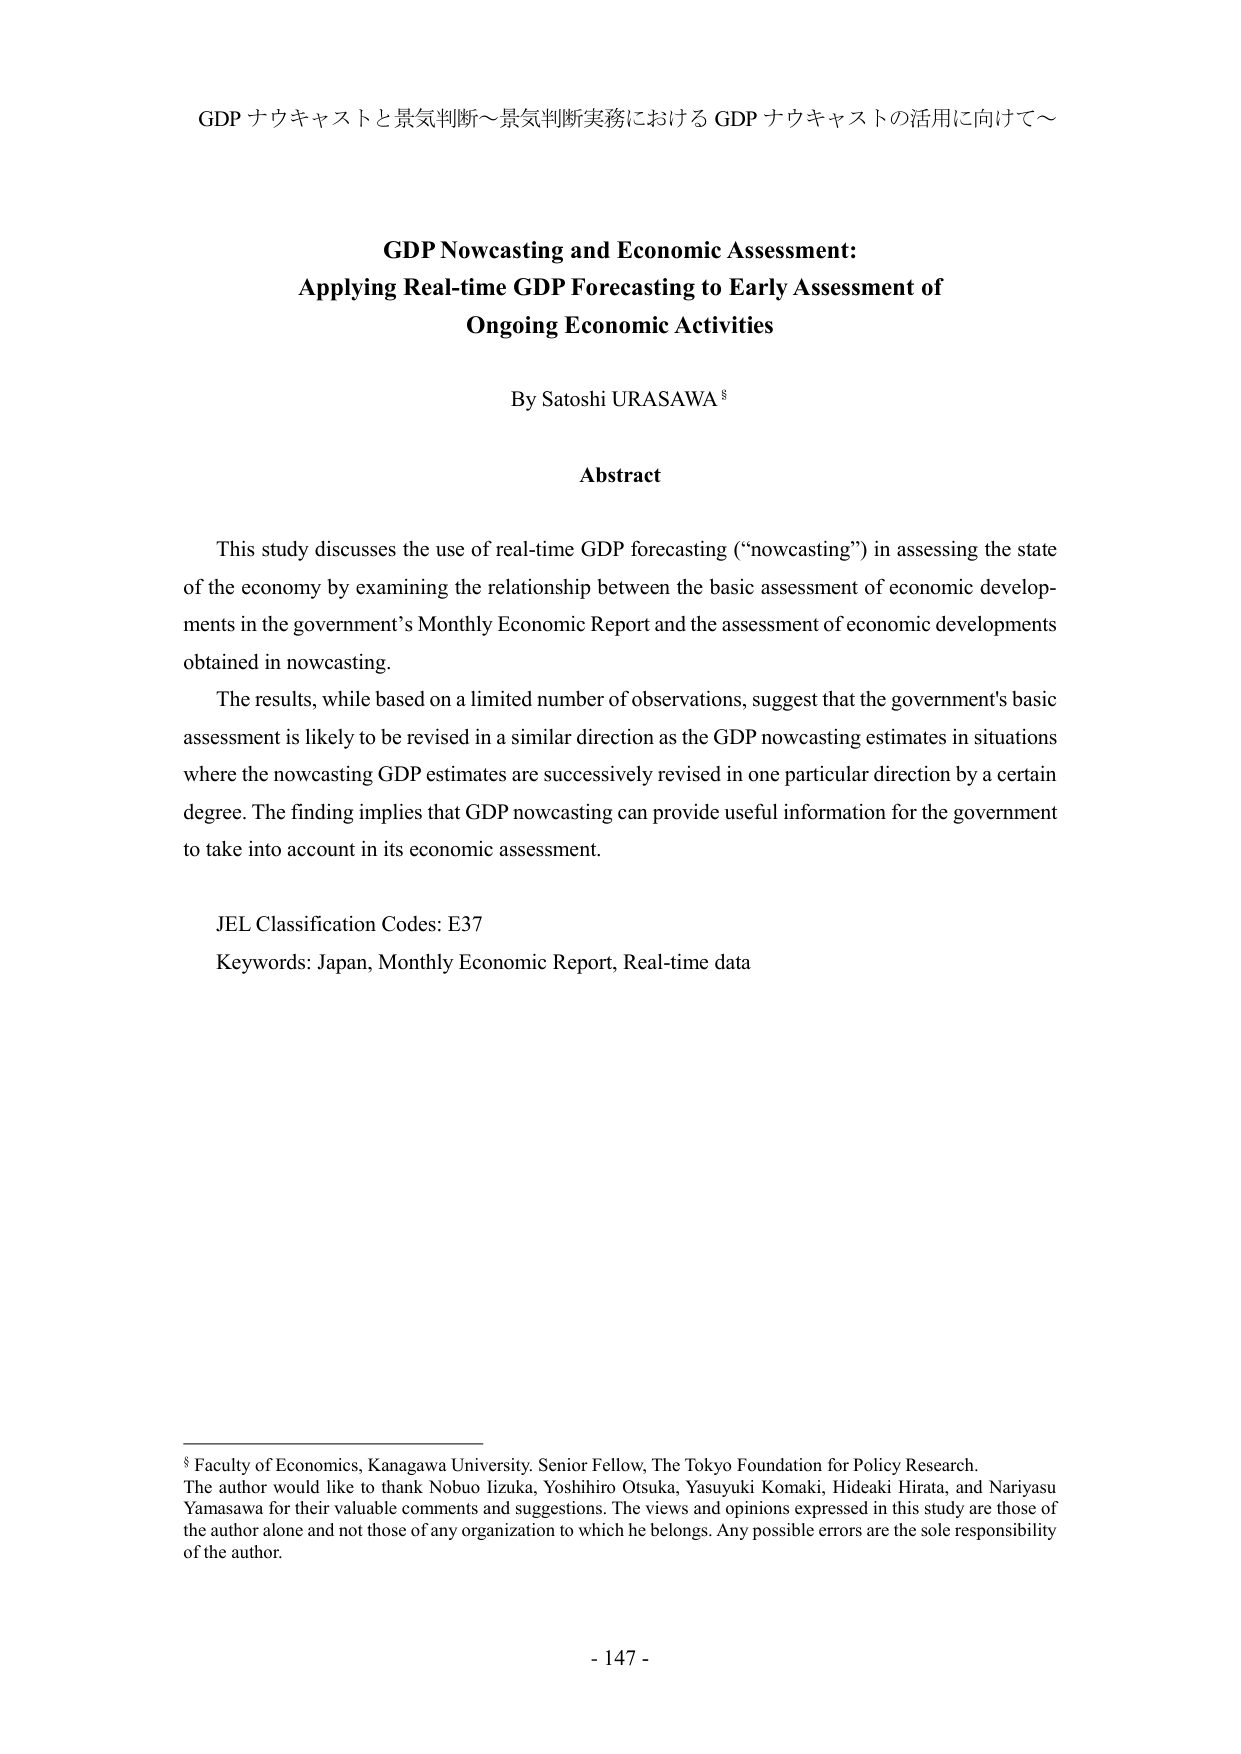
GDP ナウキャストと景気判断～景気判断実務における GDP ナウキャストの活用に向けて～

GDP Nowcasting and Economic Assessment:
Applying Real-time GDP Forecasting to Early Assessment of
Ongoing Economic Activities

By Satoshi URASAWA §

Abstract

This study discusses the use of real-time GDP forecasting (“nowcasting”) in assessing the state
of the economy by examining the relationship between the basic assessment of economic develop-
ments in the government’s Monthly Economic Report and the assessment of economic developments
obtained in nowcasting.
The results, while based on a limited number of observations, suggest that the government’s basic
assessment is likely to be revised in a similar direction as the GDP nowcasting estimates in situations
where the nowcasting GDP estimates are successively revised in one particular direction by a certain
degree. The finding implies that GDP nowcasting can provide useful information for the government
to take into account in its economic assessment.

JEL Classification Codes: E37
Keywords: Japan, Monthly Economic Report, Real-time data

§ Faculty of Economics, Kanagawa University. Senior Fellow, The Tokyo Foundation for Policy Research.
The author would like to thank Nobuo Izuka, Yoshihiro Otsuka, Yasuyuki Komaki, Hideaki Hirata, and Nariyasu
Yamasawa for their valuable comments and suggestions. The views and opinions expressed in this study are those of
the author alone and not those of any organization to which he belongs. Any possible errors are the sole responsibility
of the author.

- 147 -